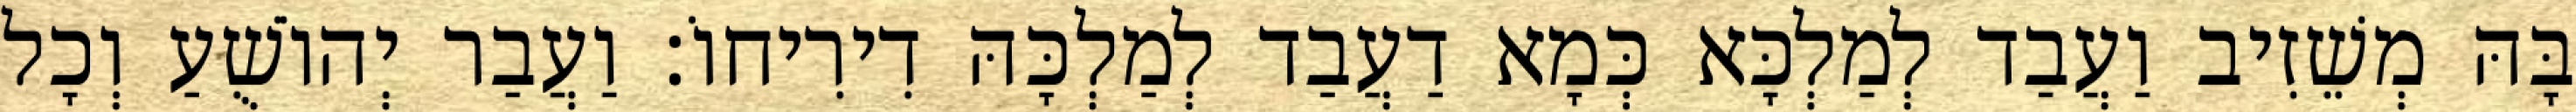
בָּהּ מְשֵׁזִיב וַעֲבַד לְמַלְכָּא כְּמָא דַעֲבַד לְמַלְכָּהּ דִירִיחוֹ׃ וַעֲבַר יְהוֹשֻׁעַ וְכָל